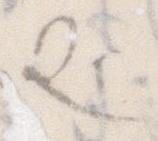
せ